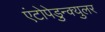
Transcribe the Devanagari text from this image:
एंटोपेडुन्क्युलर